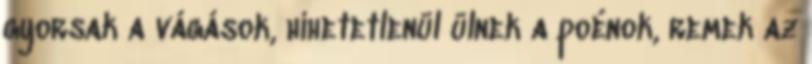
gyorsak a vágások, hihetetlenül ülnek a poénok, remek az